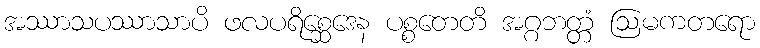
အဿာသပဿာသာပိ ဖလပရိစ္ဆေဒေန ပစ္စတေတိ အဂ္ဂဘတ္တံ ဩမကတရော